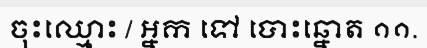
ចុះឈ្មោះ / អ្នក ទៅ បោះឆ្នោត ១១.